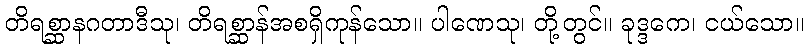
တိရစ္ဆာနဂတာဒီသု၊ တိရစ္ဆာန်အစရှိကုန်သော။ ပါဏေသု၊ တို့တွင်။ ခုဒ္ဒကေ၊ ငယ်သော။